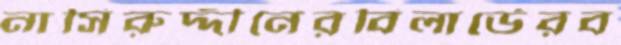
নাসিরুদ্দীনেরবিলার্ডেরব